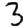
Digit: 3